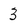
Character: 3